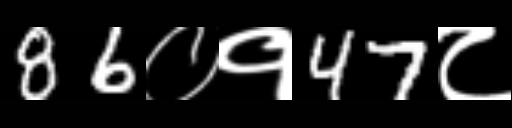
Text: 86०१47८